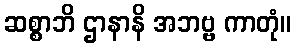
ဆစ္စာဘိ ဌာနာနိ အဘဗ္ဗ ကာတုံ။